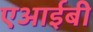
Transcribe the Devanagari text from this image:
एआईबी